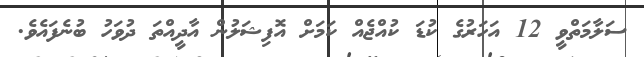
ސަލާމަތްވީ 12 އަހަރުގެ ކުޑަ ކުއްޖެއް ކަމަށް އޮފިޝަލުން އާދީއްތަ ދުވަހު ބުނެފައެވެ.